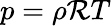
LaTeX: p=\rho\mathcal{R}T